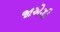
જાએગી